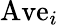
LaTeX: \mathrm{Ave}_{i}